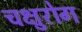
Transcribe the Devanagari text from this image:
चक्षुरोग